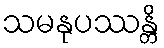
သမနုပဿန္တိ